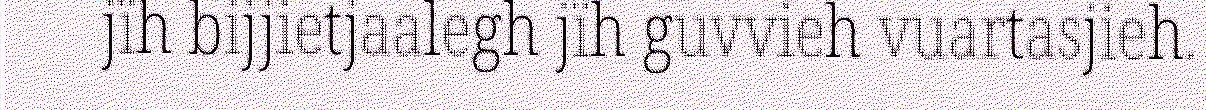
jïh bijjietjaalegh jïh guvvieh vuartasjieh.